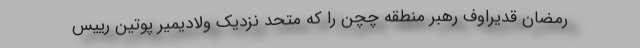
رمضان قدیراوف رهبر منطقه چچن را که متحد نزدیک ولادیمیر پوتین رییس